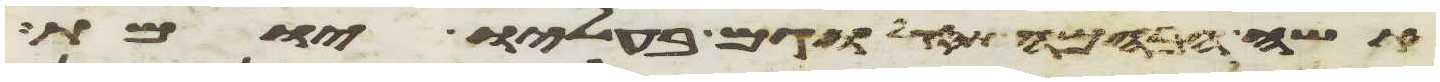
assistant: אשה הבהמה תסקל וגם בעליו יומת